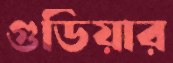
গুডিয়ার